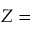
Z =